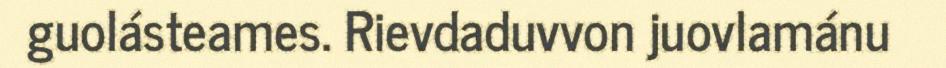
guolásteames. Rievdaduvvon juovlamánu